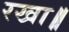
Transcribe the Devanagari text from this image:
रखा॥